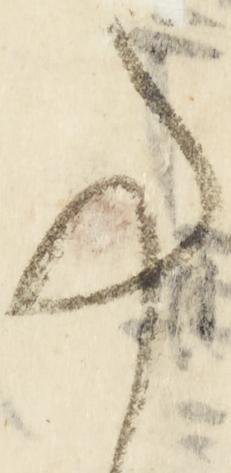
事